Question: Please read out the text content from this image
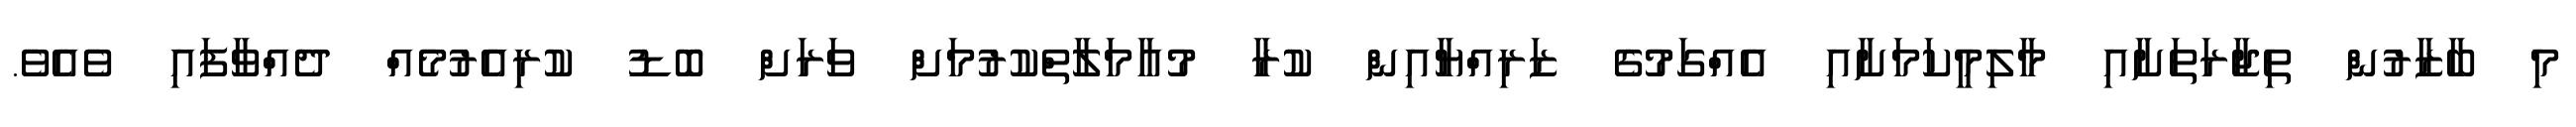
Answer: މި ބާޒާރުން ތިޖާރަތަށާއި މާލިމީކަމަށާއި އެއްގަމުގެ ޒަރިއްޔާއިން ކުރާ މުއާމަލާތްކުރުމަށް ވަރަށް ބޮޑު ކުރިއެރުމެއް ދެއްވާފައި ވެއެވެ.